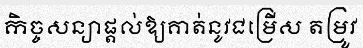
កិច្ចសន្យាផ្តល់ឱ្យគាត់នូវជម្រើស តម្រូវ